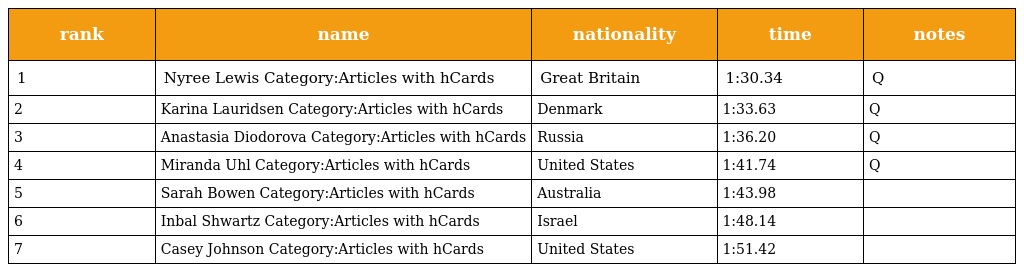
| rank | name | nationality | time | notes |
 | --- | --- | --- | --- | --- |
 | 1 | Nyree Lewis Category:Articles with hCards | Great Britain | 1:30.34 | Q |
 | 2 | Karina Lauridsen Category:Articles with hCards | Denmark | 1:33.63 | Q |
 | 3 | Anastasia Diodorova Category:Articles with hCards | Russia | 1:36.20 | Q |
 | 4 | Miranda Uhl Category:Articles with hCards | United States | 1:41.74 | Q |
 | 5 | Sarah Bowen Category:Articles with hCards | Australia | 1:43.98 |  |
 | 6 | Inbal Shwartz Category:Articles with hCards | Israel | 1:48.14 |  |
 | 7 | Casey Johnson Category:Articles with hCards | United States | 1:51.42 |  |